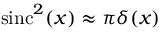
\mathrm { s i n c } ^ { 2 } ( x ) \approx \pi \delta ( x )